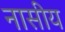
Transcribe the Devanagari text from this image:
नासीय